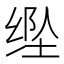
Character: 𱺥